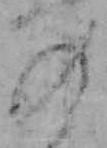
の